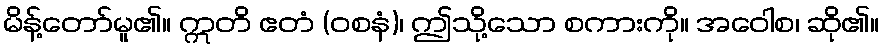
မိန့်တော်မူ၏။ ဣတိ ဧတံ (ဝစနံ)၊ ဤသို့သော စကားကို။ အဝေါစ၊ ဆို၏။